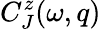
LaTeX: C_{J}^{z}(\omega,q)